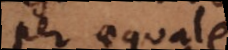
per aequale